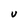
Character: U